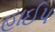
હાઈપ